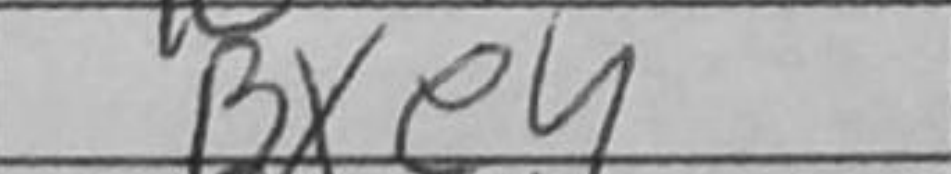
Transcription: Bxe4